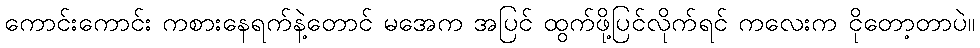
ကောင်းကောင်း ကစားနေရက်နဲ့တောင် မအေက အပြင် ထွက်ဖို့ပြင်လိုက်ရင် ကလေးက ငိုတော့တာပဲ။